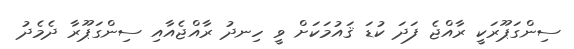
ސިންގަޕޫރަކީ ރާއްޖެ ފަދަ ކުޑަ ޤައުމަކަށް ވީ ހިނދު ރާއްޖެއާއި ސިންގަޕޫރާ ދެމެދު